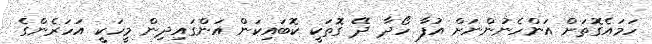
ހަމައެގޮތަށް އަންހެނުންނަށް އުފާ ހޯދާ ދޭ ގޮތަކީ ކޮބައިކަން އަންގައިދިން މީހަކީ އަހަރެންގެ